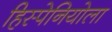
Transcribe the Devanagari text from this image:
हिस्पेनियोला